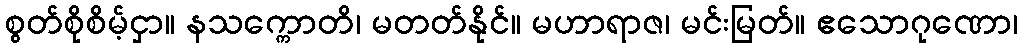
စွတ်စိုစိမ့်ငှာ။ နသက္ကောတိ၊ မတတ်နိုင်။ မဟာရာဇ၊ မင်းမြတ်။ ဧသောဂုဏော၊